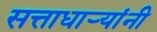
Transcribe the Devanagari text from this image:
सत्ताधार्‍यांनी